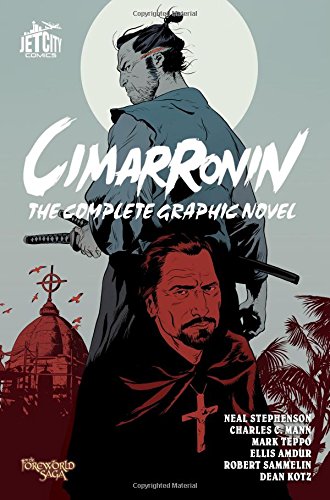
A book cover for Cimarronin: The Complete Graphic Novel; Neal Stephenson; Comics & Graphic Novels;